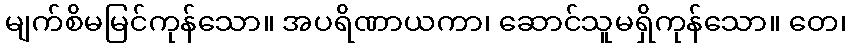
မျက်စိမမြင်ကုန်သော။ အပရိဏာယကာ၊ ဆောင်သူမရှိကုန်သော။ တေ၊